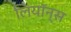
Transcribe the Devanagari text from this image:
लियॉन्स